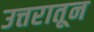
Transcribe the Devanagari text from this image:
उत्तरातून